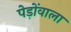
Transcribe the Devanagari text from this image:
पेड़ोंवाला